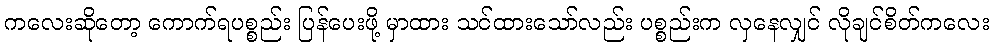
ကလေးဆိုတော့ ကောက်ရပစ္စည်း ပြန်ပေးဖို့ မှာထား သင်ထားသော်လည်း ပစ္စည်းက လှနေလျှင် လိုချင်စိတ်ကလေး